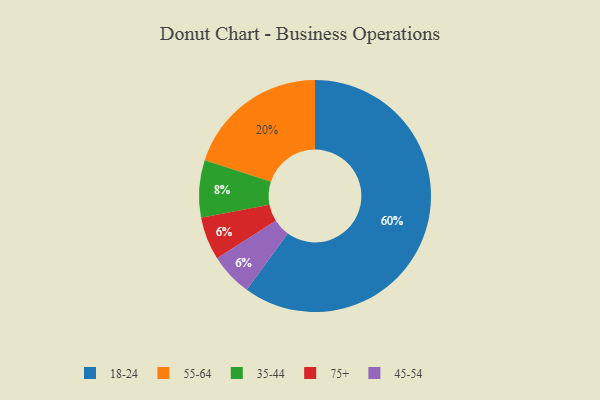
{"axis": {"x": "Category", "y": "Percentage"}, "legend": ["18-24", "35-44", "45-54", "55-64", "75+"], "data": [{"x": "18-24", "y": 60, "type": "18-24"}, {"x": "55-64", "y": 20, "type": "55-64"}, {"x": "35-44", "y": 8, "type": "35-44"}, {"x": "75+", "y": 6, "type": "75+"}, {"x": "45-54", "y": 6, "type": "45-54"}]}